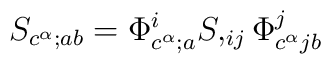
S_{c^{\alpha};ab} = \Phi^i_{c^{\alpha};a} S,_{ij}\Phi^j_{c^{\alpha}jb}